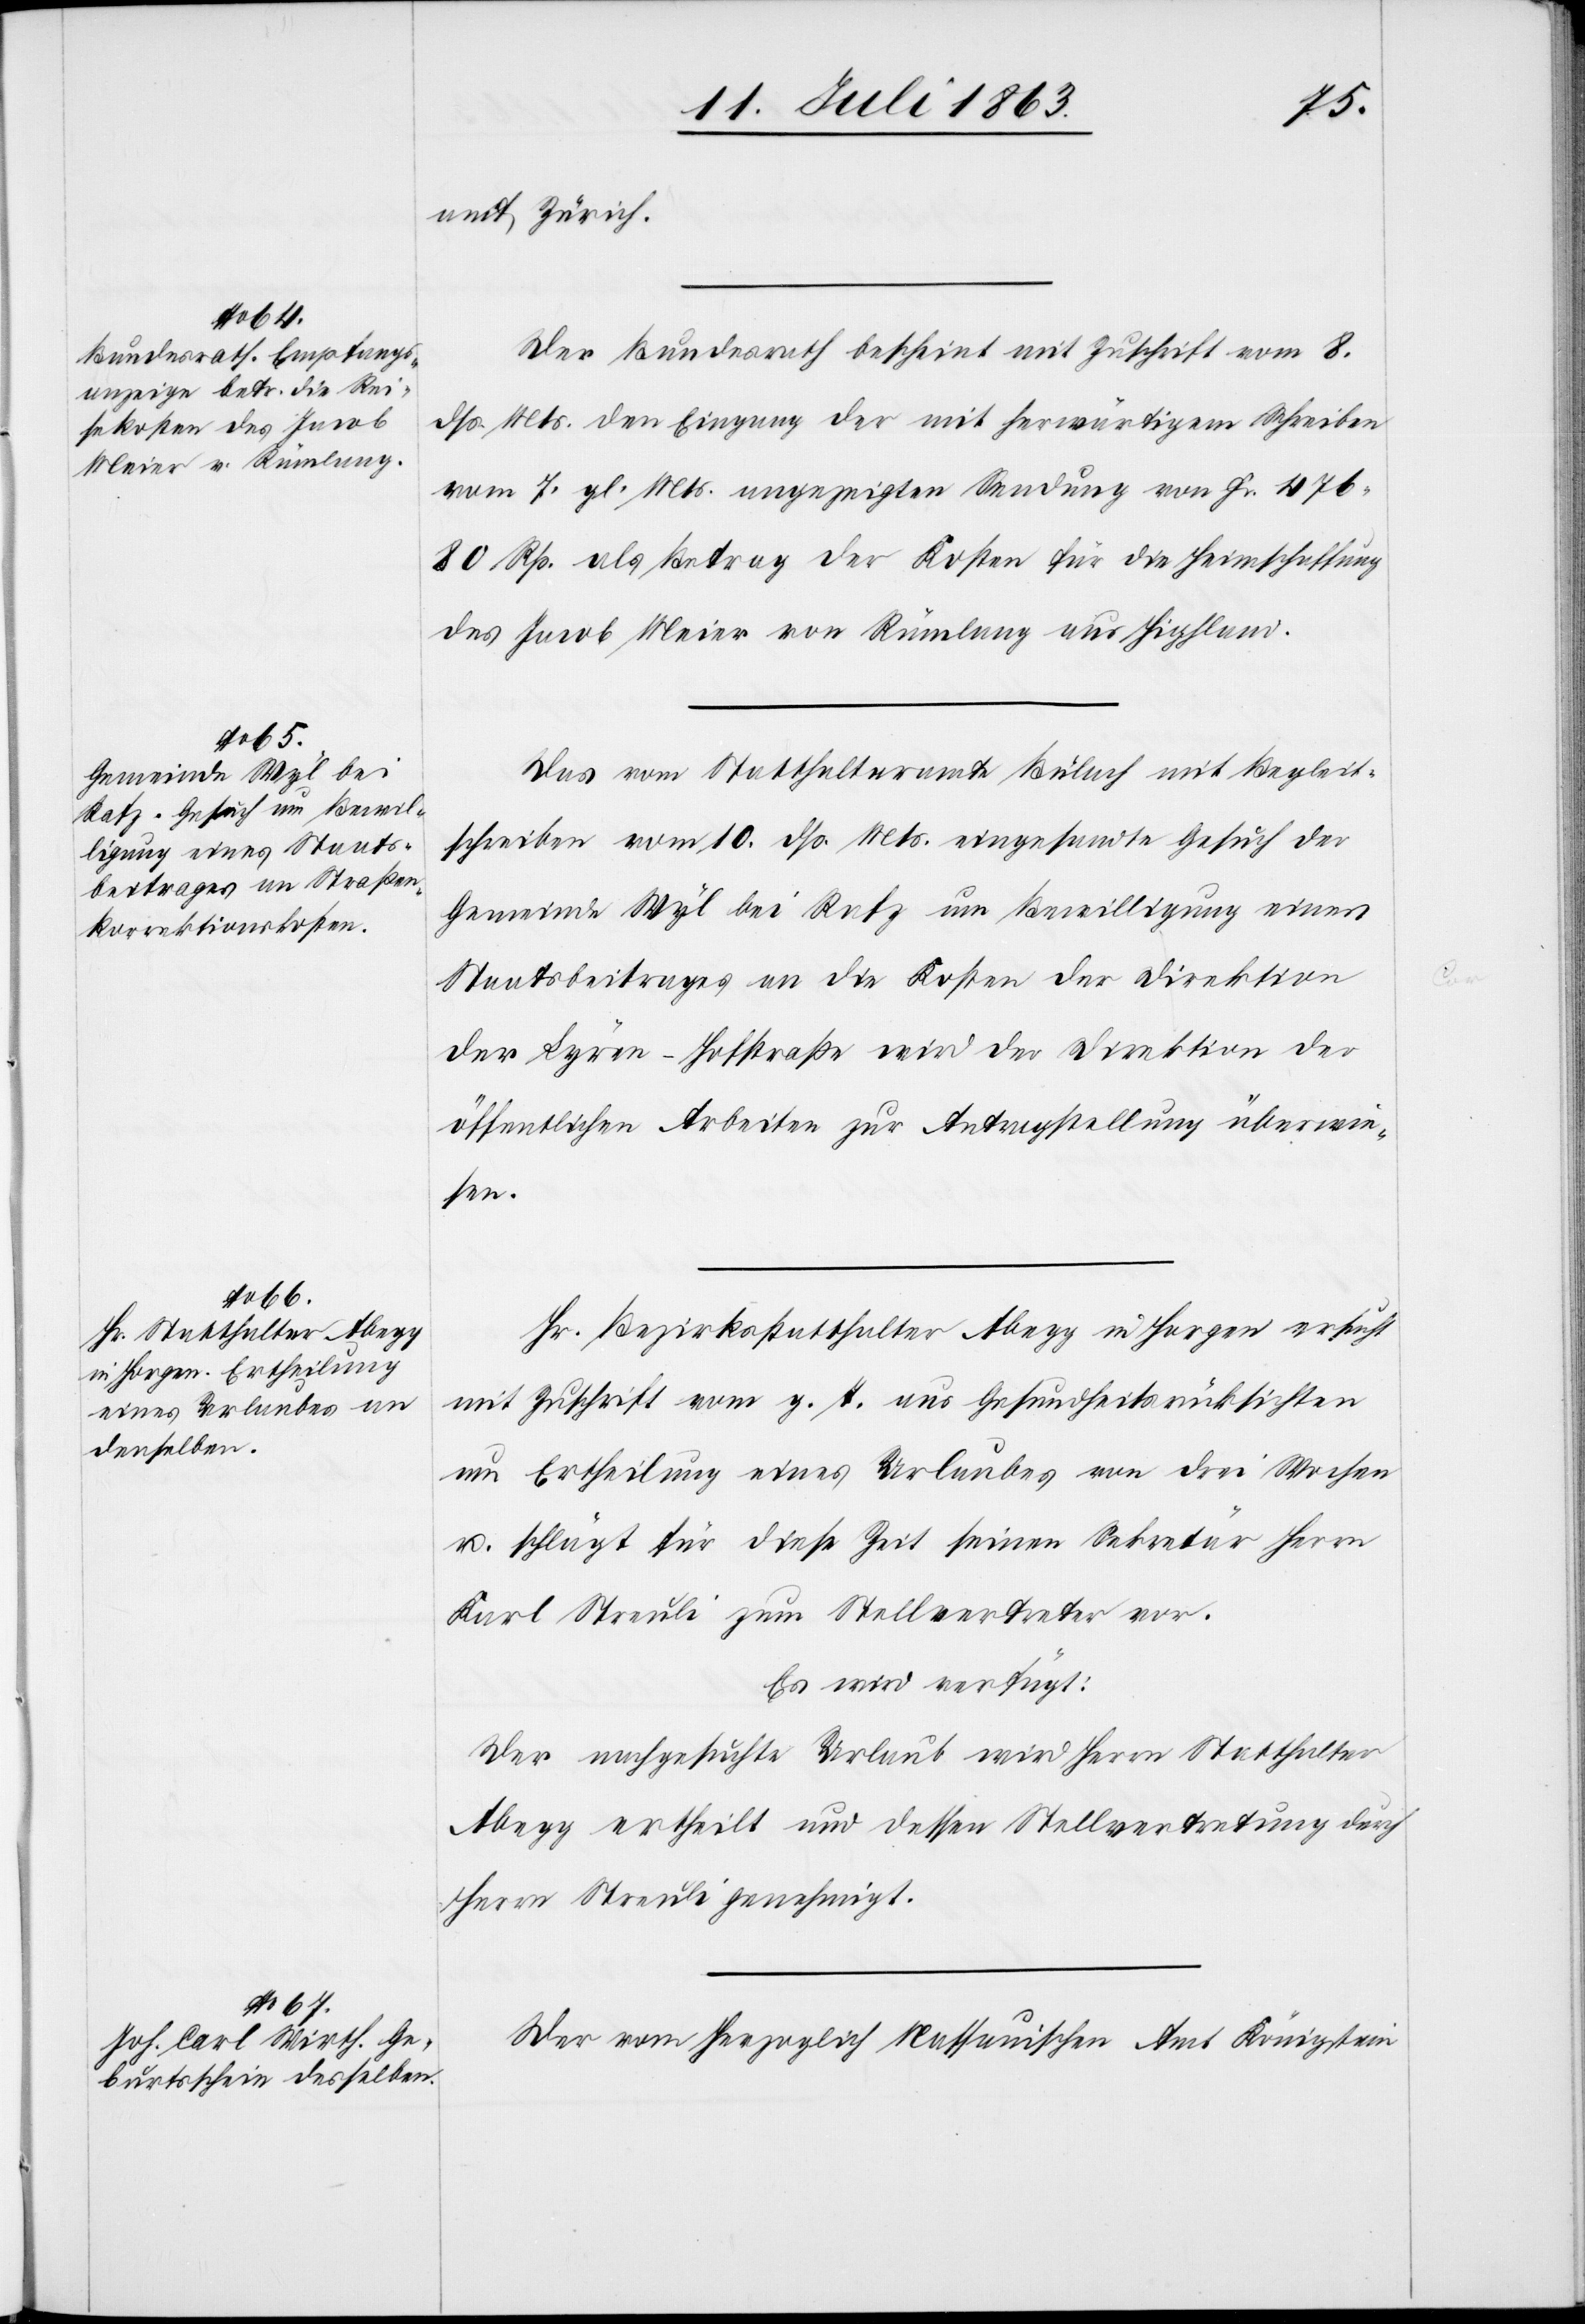
13. Juli 1863.]
amt Zürich.
Der Bundesrath bescheint mit Zuschrift vom 8.
dß. Mts. den Eingang der mit herwärtigem Schreiben
vom 7. gl. Mts. angezeigten Sendung von Fr. 476.
80 Rp. als Betrag der Kosten für die Heimschaffung
des Jacob Meier von Rümlang aus Highland.
Das vom Statthalteramte Bülach mit Begleit¬
schreiben vom 10. dß. Mts. eingesandte Gesuch der
Gemeinde Wyl bei Rafz um Bewilligung eines
Staatsbeitrages an die Kosten der Direktion
der Lyren-Hofstraße wird der Direktion der
öffentlichen Arbeiten zur Antragstellung überwie¬
sen.
Hr. Bezirksstatthalter Abegg in Horgen ersucht
mit Zuschrift vom g. T. aus Gesundheitsrücksichten
um Ertheilung eines Urlaubes von drei Wochen
u. schlägt für diese Zeit seinen Sekretär Herrn
Karl Streuli zum Stellvertreter vor.
Es wird verfügt:
Der nachgesuchte Urlaub wird Herrn Statthalter
Abegg ertheilt und dessen Stellvertretung durch
Herrn Streuli genehmigt.
Der vom Herzoglich Nassauischen Amt Königstein